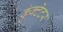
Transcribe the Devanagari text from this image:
कुंक्टेटर